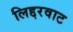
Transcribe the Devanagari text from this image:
लिद्दरवाट